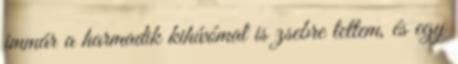
immár a harmadik kihívómat is zsebre tettem, és egy